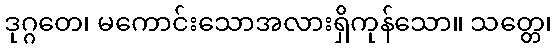
ဒုဂ္ဂတေ၊ မကောင်းသောအလားရှိကုန်သော။ သတ္တေ၊